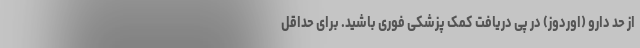
از حد دارو (اُوردوز) در پی دریافت کمک پزشکی فوری باشید. برای حداقل